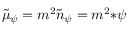
\tilde { \mu } _ { \psi } = m ^ { 2 } \tilde { n } _ { \psi } = m ^ { 2 } { * \psi }